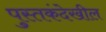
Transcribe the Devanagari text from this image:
पुस्तकंदेखील